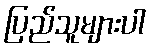
ပြည်သူများပါ